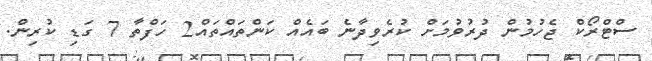
ސްޓްރޯކް ޖެހުމުން ދުރުވުމަށް ކުރެވިދާނެ ބައެއް ކަންތައްތައް2 ހަފްތާ 7 ގަޑި ކުރިން.